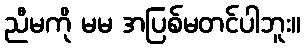
ညီမကို မမ အပြစ်မတင်ပါဘူး။